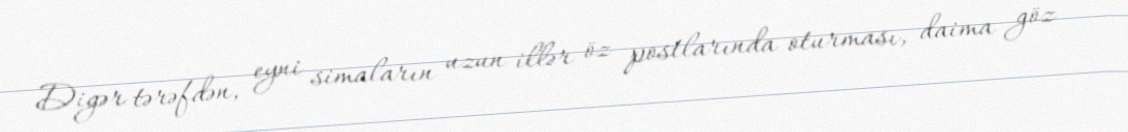
Digər tərəfdən, eyni simaların uzun illər öz postlarında oturması, daima göz